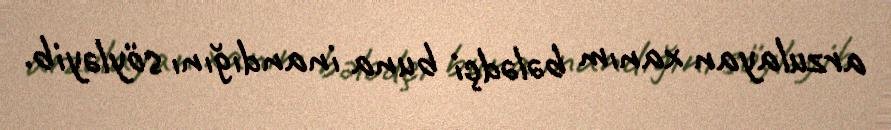
arzulayan xanım bələdçi buna inandığını söyləyib.